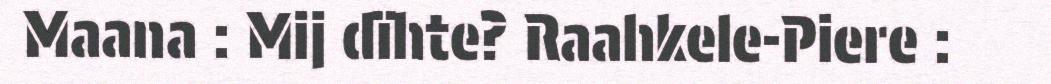
Maana : Mij dïhte? Raahkele-Piere :